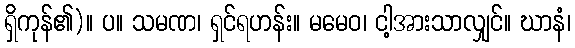
ရှိကုန်၏)။ ပ။ သမဏ၊ ရှင်ရဟန်း။ မမေဝ၊ ငါ့အားသာလျှင်။ ဃာနံ၊